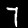
Label: 7